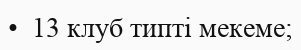
•  13 клуб типті мекеме;